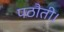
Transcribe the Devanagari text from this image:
पठौती।